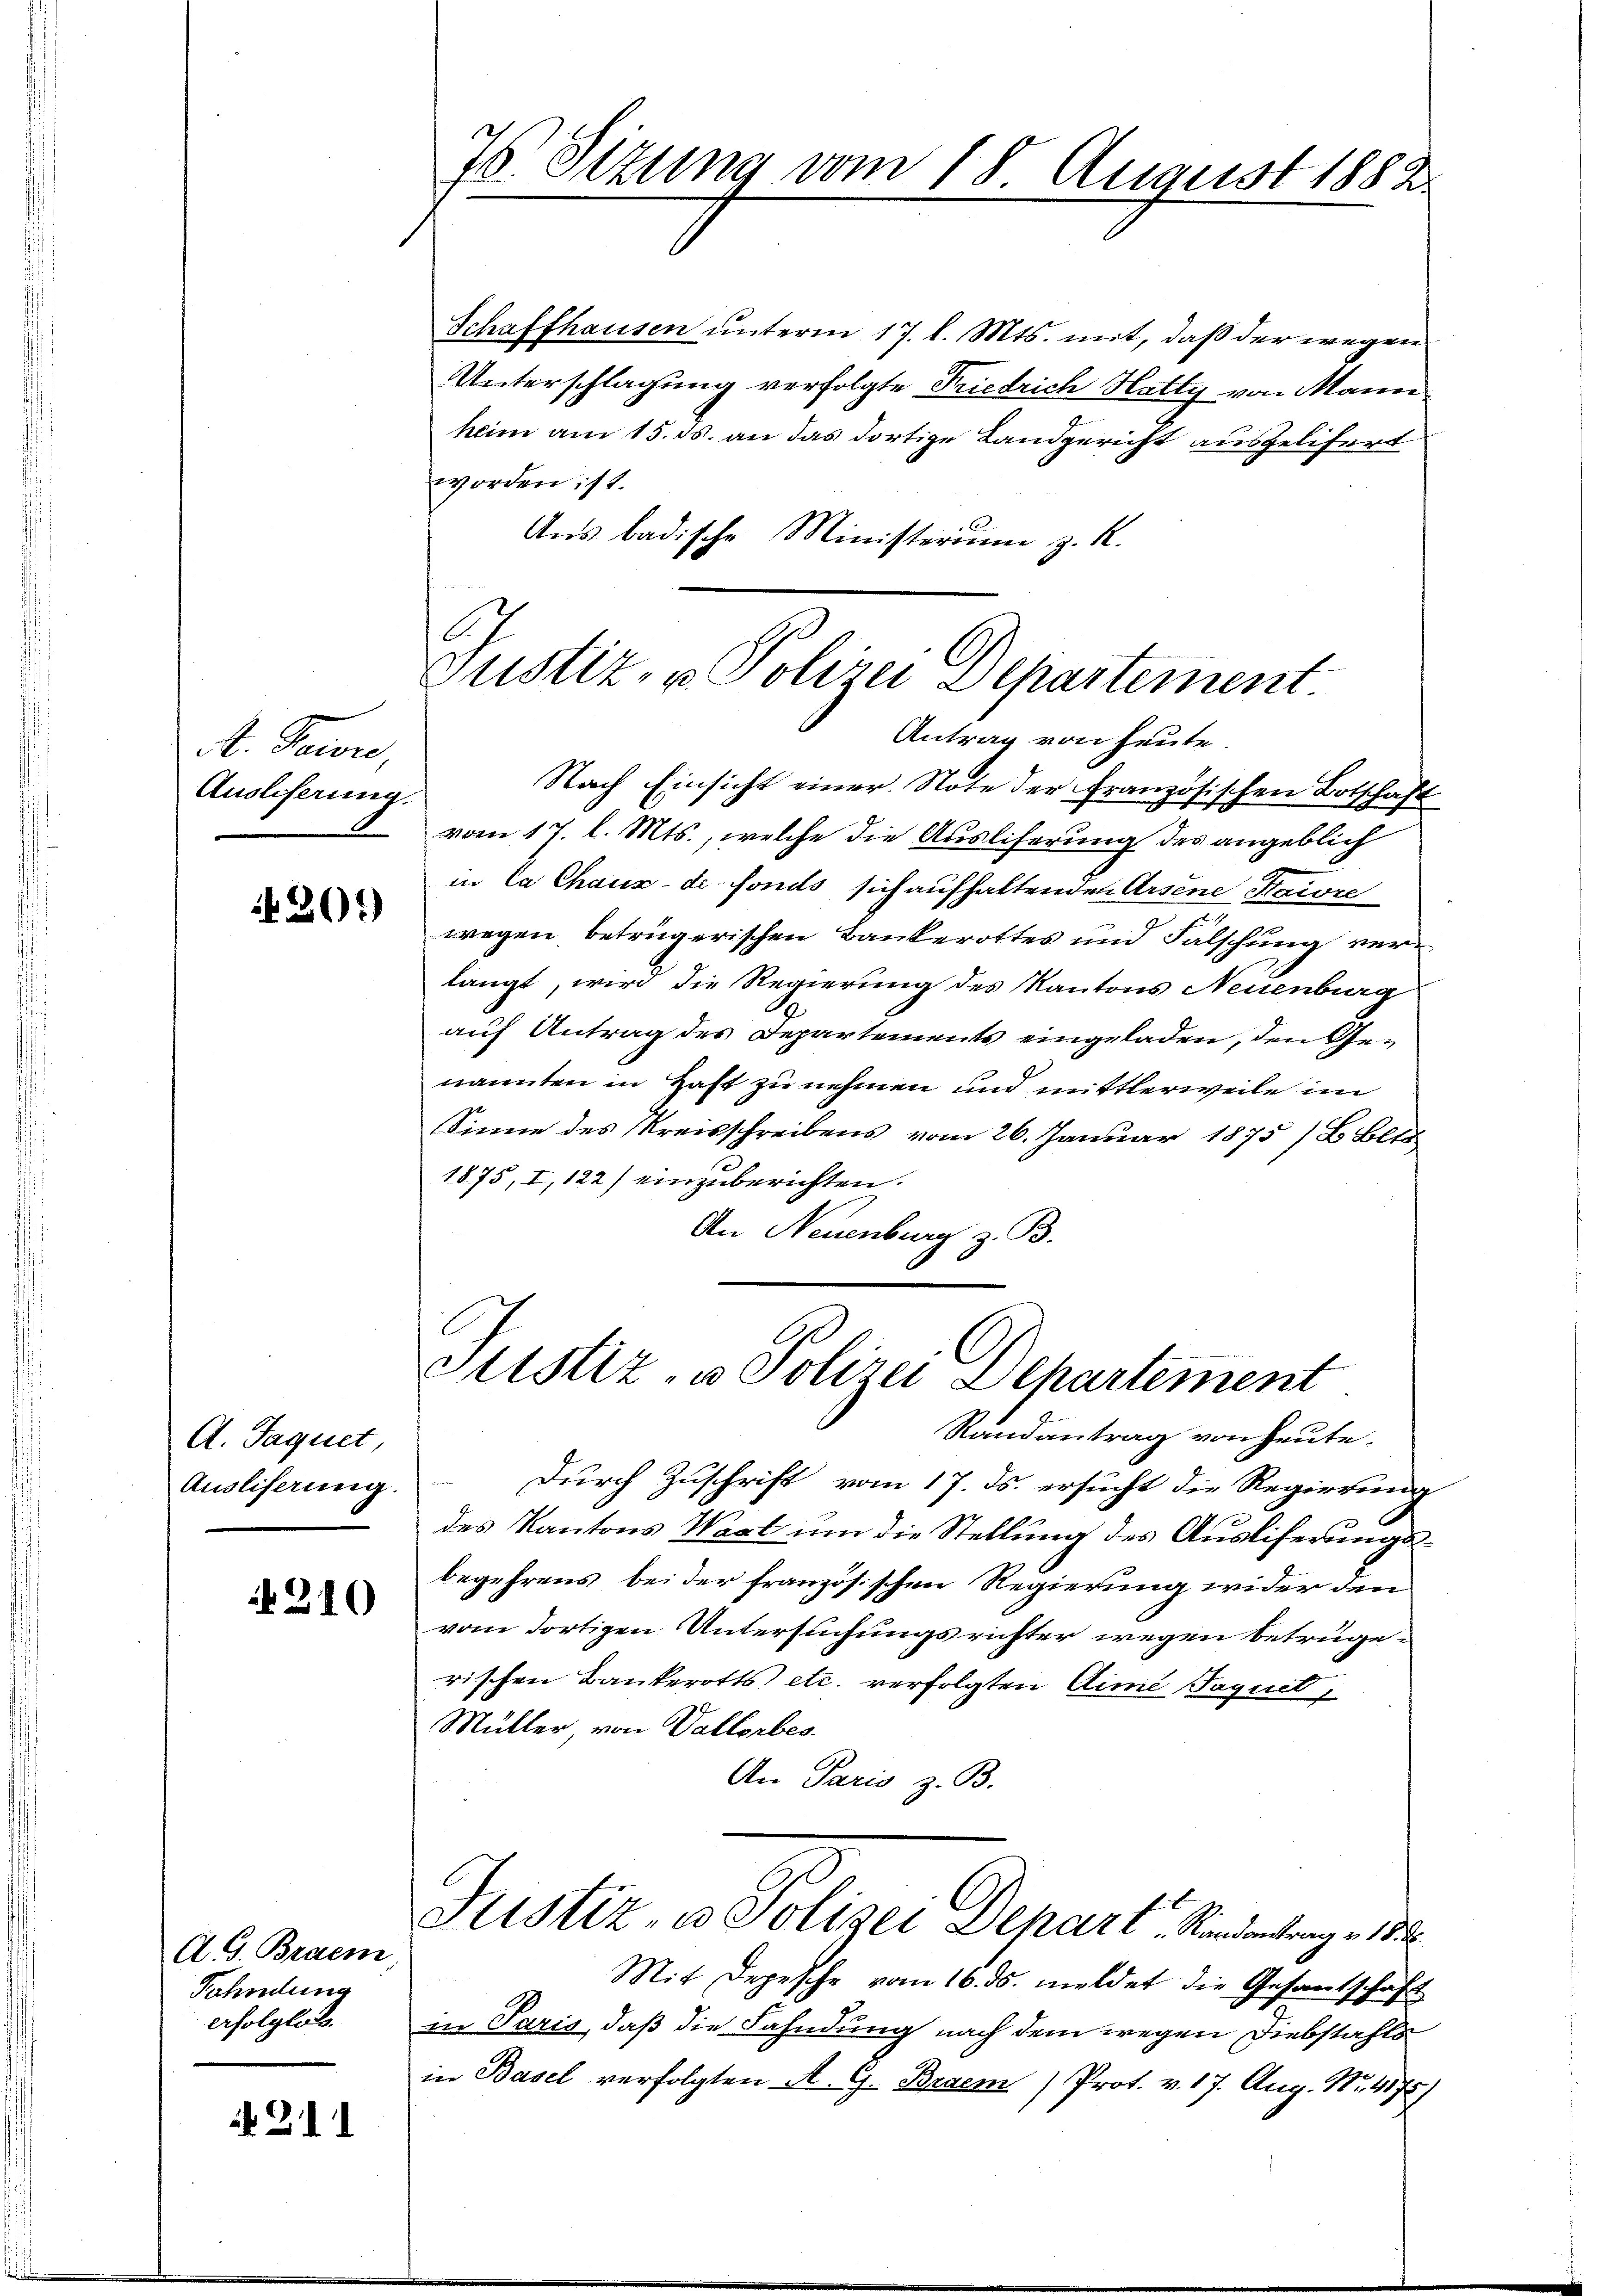
t. Sowie
Ausliferung.

420)

A. Jaquet
Ausliserung.

210

A. G. Braem
Fahndung
erfolglos.

21

76. Sitzung vom 18. August 1882

Schaffhausen unterm 17. l. Mts. mit, daß der wegen
Unterschlagung verfolgte Friedrich Hatty von Mann
heim am 15. ds. an das dortige Landgericht ausgelifert
worden ist.
Aus badische Ministerium z. K.
A

Justiz- & Polizei Departement
Antrag von heute.

Justiz- u Polizei Departement

Nach Einsicht einer Note der Französischen Botschaft
vom 17. l. Mts., welche die Auslieferung des angeblich
in la Chaus de fonds sich aufhaltenden Arsene Kaire
wegen betrügerischen Bankerottes und Fälschung verlangt, wird die Regierung des Kantons Neuenburg
auf Antrag des Departements eingeladen, den Genannten in Hast zu nehmen und mittlerweile im
Sinne des Kreisschreibens vom 26. Januar 1875 /B. Elte
1875, I, 122) einzuberichten.
An Neuenburg z. B.

Rundantrag von heute.
durch Zuschrift vom 17. ds. ersucht die Regierung
des Kantons Wart um die Stellung des Auslieferungsbegehrens bei der französischen Regierung wider den
vom dortigen Untersuchungsrichter wegen betrügerischen Bankerotts etc. verfolgten Arme Paquet,
Müller von Vallorbes.
An Paris z. B.
Justiz- u. Polizei Depart. Standentrag v. 1832.
Mit Depesche vom 16. ds. meldet die Gesamtschaft
in Paris, daß die Fahndung nach dem wegen Diebstahls
in Basel verfolgten A. G. Braem) Prot. v. 17. Aug. No. 4175)